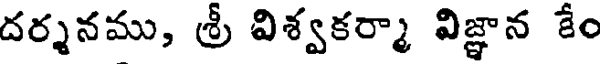
దర్శనము, శ్రీ విశ్వకర్మా విజ్ఞాన కేం